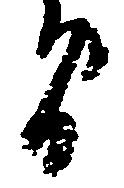
間